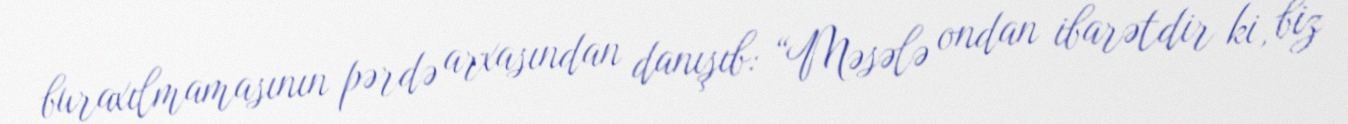
buraxılmamasının pərdə arxasından danışıb: “Məsələ ondan ibarətdir ki, biz